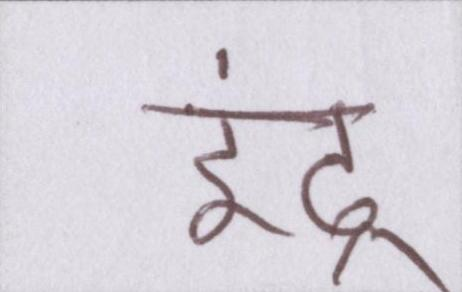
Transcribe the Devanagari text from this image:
इंद्र